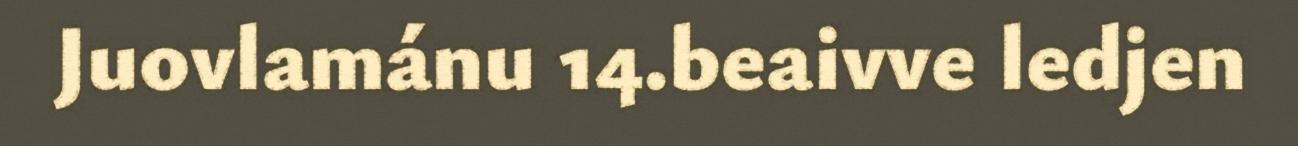
Juovlamánu 14.beaivve ledjen